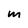
Character: m